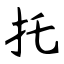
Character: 托